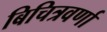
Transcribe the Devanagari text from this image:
बिचित्रवर्णा